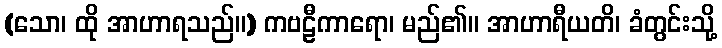
(သော၊ ထို အာဟာရသည်။) ကဗဠီကာရော၊ မည်၏။ အာဟာရီယတိ၊ ခံတွင်းသို့